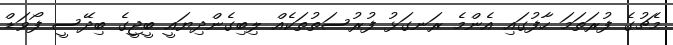
މެޗުގެ ފުރަތަމަ ހާފުގައި އެންމެ ރަނގަޅު ފުރުސަތުތަކެއް ލިބިގެންދިޔައީ ބީޖީގެ ބިދޭސީ ފޯވަޑް